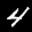
Label: 4